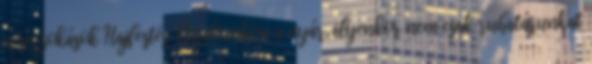
népszokások Hajfestés: Nyakunkon a nyár, ilyenkor nem csak ruhatárunkat